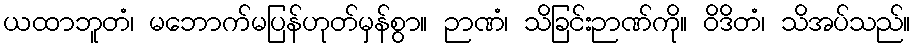
ယထာဘူတံ၊ မဘောက်မပြန်ဟုတ်မှန်စွာ။ ဉာဏံ၊ သိခြင်းဉာဏ်ကို။ ဝိဒိတံ၊ သိအပ်သည်။